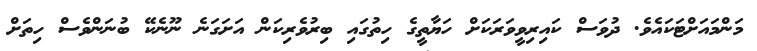
މަންމައަށްޓަކައެވެ. ދުވަސް ކައިރިވީވަރަކަށް ހަޔާތީގެ ހިތުގައި ބިރުވެރިކަން އަށަގަނެ ނޫނެކޭ ބުނަންވެސް ހިތަށް